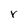
Character: r